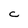
Character: C